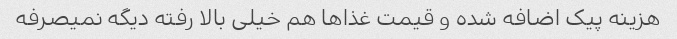
هزینه پیک اضافه شده و قیمت غذاها هم خیلی بالا رفته دیگه نمیصرفه